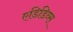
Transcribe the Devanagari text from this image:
एडिडिव्स